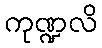
ကုဏ္ဍလိ